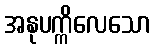
အနုပက္ကိလေသော